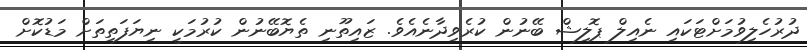
ދުރުހެލިވުމަށްޓަކައި ނެއިލް ޕޮލިޝް ބޭނުން ކުރެވިދާނެއެވެ. ޒައިތޫނި ތެޔޮބޭނުން ކުރުމަކީ ނިޔަފަތިތަށް މަޑުކޮށް